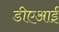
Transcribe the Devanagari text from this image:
डीएआई